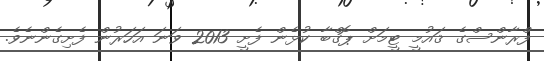
ފްރާންސްގެ ޤައުމީ ޓީމަށް ޕޮގްބާ ކުޅެން ފެށީ 2013 ވަނަ އަހަރުން ފެށިގެންނެވެ.